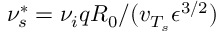
\nu _ { s } ^ { * } = \nu _ { i } q R _ { 0 } / ( v _ { T _ { s } } \epsilon ^ { 3 / 2 } )